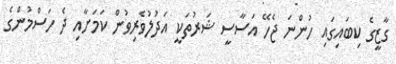
ގާޒީގެ ކިބައިގައި ހުންނަ ޖެހޭ އަސާސީ ޝަރުތަކީ އަދުލުވެރިވުން ކަމަށާއި ދެ ހަސްމުންގެ